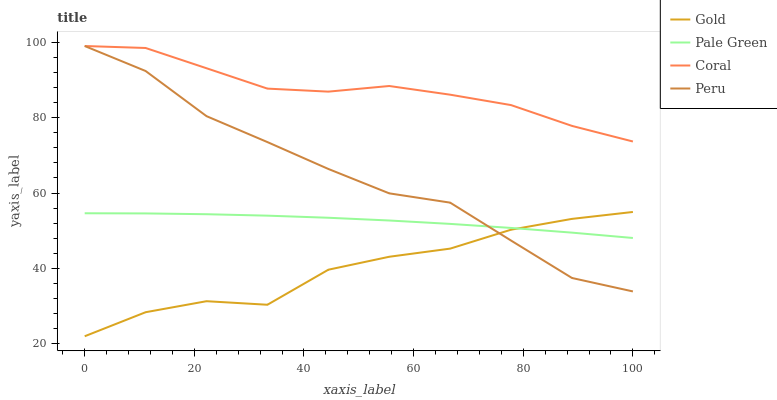
| xaxis_label | Gold | Pale Green | Coral | Peru |
 | --- | --- | --- | --- | --- |
 | 0 | 22 | 54.6 | 99 | 99 |
 | 11.1 | 28.4 | 54.6 | 98.5 | 92.4 |
 | 22.2 | 31.3 | 54.4 | 93.1 | 80.4 |
 | 33.3 | 30.4 | 54 | 87.7 | 73.5 |
 | 44.4 | 39.7 | 53.4 | 86.9 | 66.4 |
 | 55.6 | 43.1 | 52.7 | 88.4 | 59.9 |
 | 66.7 | 45.2 | 51.8 | 86.1 | 57.4 |
 | 77.8 | 50.3 | 50.7 | 83.3 | 47.4 |
 | 88.9 | 53.1 | 49.5 | 77.8 | 37.5 |
 | 100 | 55 | 48.1 | 73.7 | 33.9 |